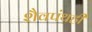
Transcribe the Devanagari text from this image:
शैवपंथही